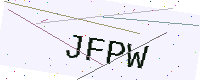
Text: JFPW